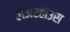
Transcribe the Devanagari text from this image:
लेअरहाउस